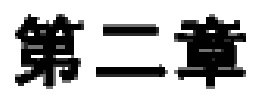
第二章